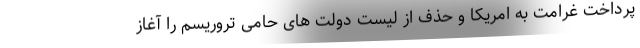
پرداخت غرامت به امریکا و حذف از لیست دولت های حامی تروریسم را آغاز